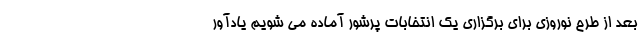
بعد از طرح نوروزی برای برگزاری یک انتخابات پرشور آماده می شویم یادآور